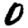
Digit: 0